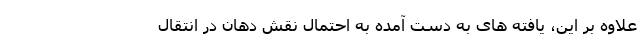
علاوه بر این، یافته های به دست آمده به احتمال نقش دهان در انتقال